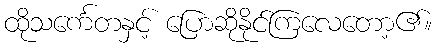
ထိုသင်္ကေတနှင့် ပြောဆိုနိုင်ကြလေတော့၏။